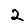
Digit: 2